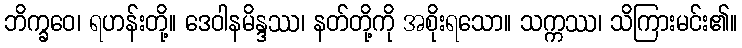
ဘိက္ခဝေ၊ ရဟန်းတို့။ ဒေဝါနမိန္ဒဿ၊ နတ်တို့ကို အစိုးရသော။ သက္ကဿ၊ သိကြားမင်း၏။